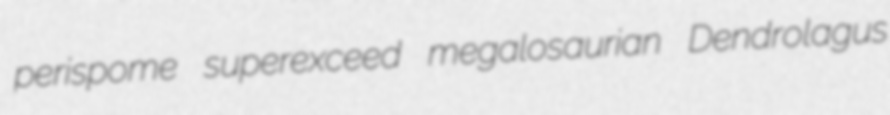
perispome superexceed megalosaurian Dendrolagus